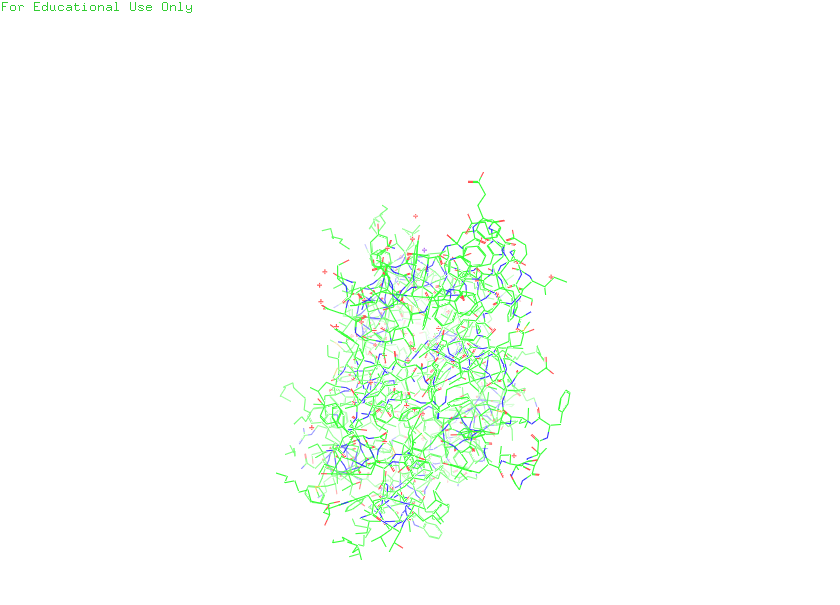
pymol, preset, default